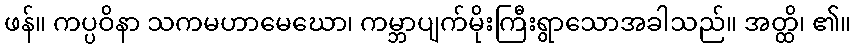
ဖန်။ ကပ္ပဝိနာ သကမဟာမေဃော၊ ကမ္ဘာပျက်မိုးကြီးရွာသောအခါသည်။ အတ္ထိ၊ ၏။